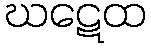
ဃဋေထ